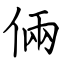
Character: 倆